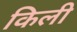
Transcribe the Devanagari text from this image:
किली